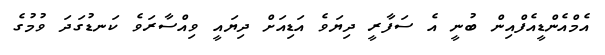
އެމްއެންޑީއެފްއިން ބުނީ އެ ސަފާރީ ދިޔަވެ އަޑިއަށް ދިޔައީ ވިއްސާރަވެ ކަނޑުގަދަ ވުމުގެ